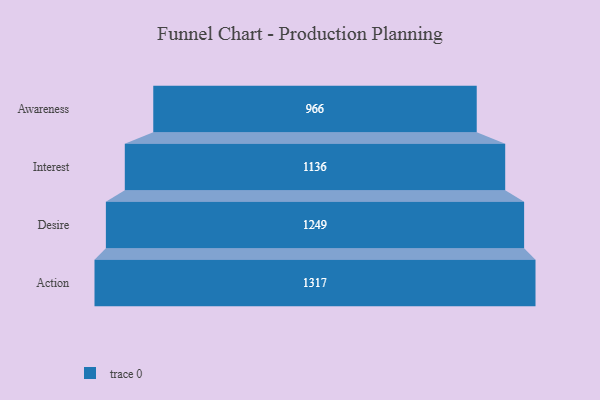
{"axis": {"x": "Stage", "y": "Value"}, "legend": [""], "data": [{"x": "Awareness", "y": 966.0, "type": ""}, {"x": "Interest", "y": 1136.0, "type": ""}, {"x": "Desire", "y": 1249.0, "type": ""}, {"x": "Action", "y": 1317.0, "type": ""}]}